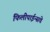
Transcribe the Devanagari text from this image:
फिलीपाईन्सचे